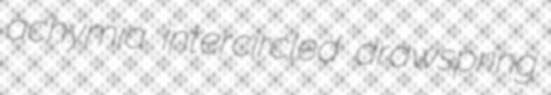
achymia intercircled drawspring